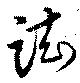
踟